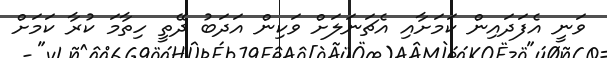
ވަނީ އެފަދައިން ކަމަށާއި އެޗަނަލަށް ވަކިން އަދަބު ދޭތީ ހިތާމަ ކުރާ ކަމަށް